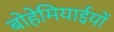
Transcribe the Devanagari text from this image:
बोहेमियाईयों